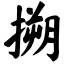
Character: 搠